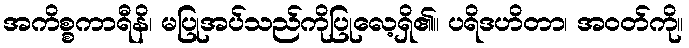
အကိစ္စကာရီနိ၊ မပြုအပ်သည်ကိုပြုလေ့ရှိ၏။ ပရိဒဟိတာ၊ အဝတ်ကို။